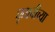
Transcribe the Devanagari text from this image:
घृताचीच्या